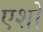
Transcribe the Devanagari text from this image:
एशो